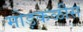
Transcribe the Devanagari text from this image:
मोड़कळीस